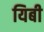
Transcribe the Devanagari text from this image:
यिबी